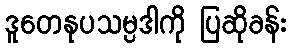
ဒူတေနုပသမ္ပဒါကို ပြဆိုခန်း